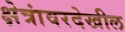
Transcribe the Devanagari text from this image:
क्षेत्रांवरदेखील